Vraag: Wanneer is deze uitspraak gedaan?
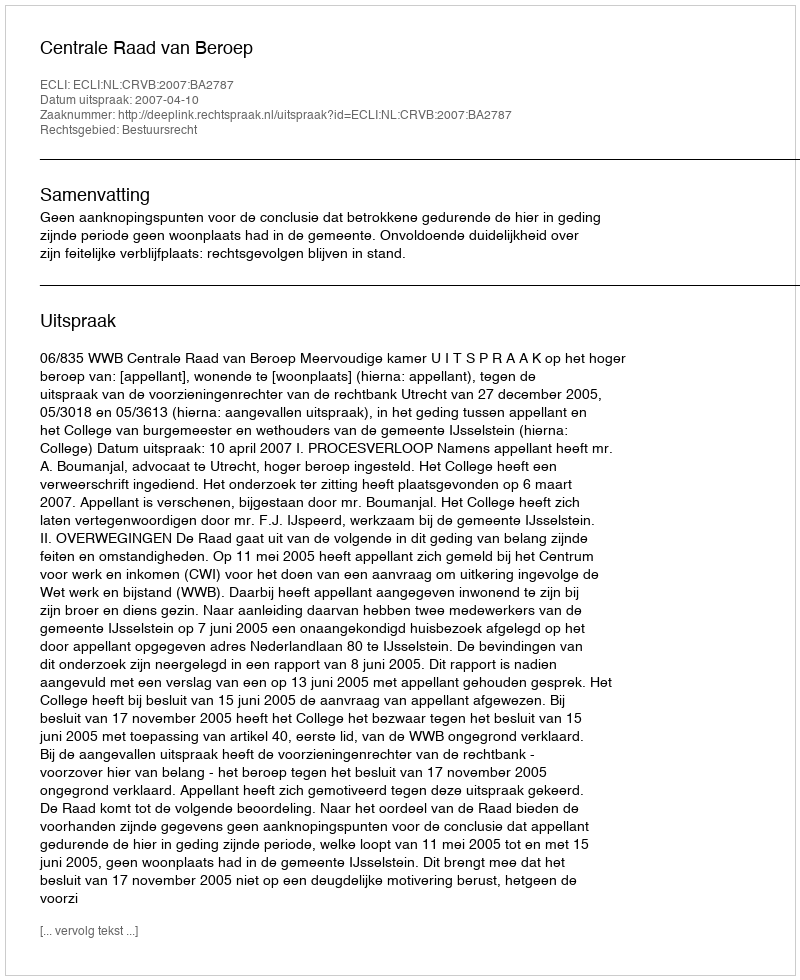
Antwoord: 2007-04-10